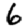
Digit: 6